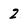
Character: Z